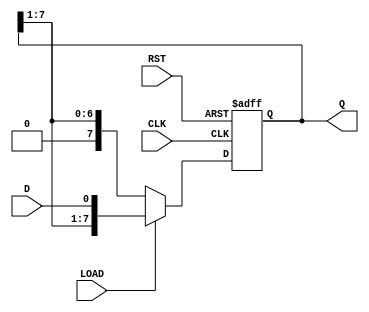
module ParameterizedShiftRegister #(
    parameter N = 8  // Parameter for the width of the shift register
)(
    input wire D,        // Data input
    input wire CLK,      // Clock input
    input wire RST,      // Asynchronous reset
    input wire LOAD,     // Load control signal
    output reg [N-1:0] Q // Data output
);

    // Internal storage for the shift register
    reg [N-1:0] shift_reg;

    // Always block triggered on the rising edge of the clock
    always @(posedge CLK or posedge RST) begin
        if (RST) begin
            // Reset the shift register to zero
            shift_reg <= {N{1'b0}};
        end else if (LOAD) begin
            // Load the new data into the least significant bit
            shift_reg <= {shift_reg[N-1:1], D};
        end else begin
            // Shift the register to the right
            shift_reg <= {1'b0, shift_reg[N-1:1]};
        end
    end

    // Assign the internal shift register to the output
    assign Q = shift_reg;

endmodule